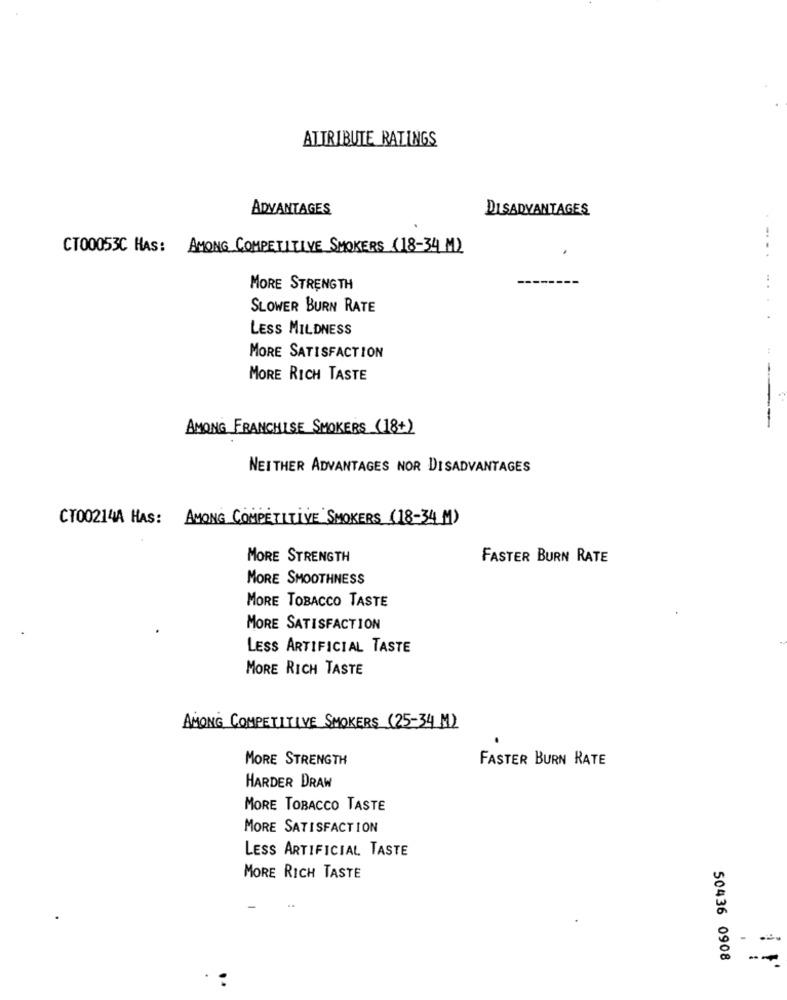
ATTRIBUTE RATINGS
ADVANTAGES
DISADVANTAGES
CT00053C HAS: AMONG COMPETITIVE SMOKERS (18-34 1)
MORE STRENGTH
SLOWER BURN RATE
LESS MILDNESS
MORE SATISFACTION
MORE RICH TASTE
AMONG FRANCHISE SMOKERS (18+)
NEITHER ADVANTAGES NOR DISADVANTAGES
CT00214A HAS: AMONG COMPETITIVE SMOKERS (18-34 M)
MORE STRENGTH
FASTER BURN RATE
MORE SMOOTHNESS
MORE TOBACCO TASTE
MORE SATISFACTION
LESS ARTIFICIAL TASTE
MORE RICH TASTE
AMONG COMPETITIVE SMOKERS (25-34 M)
MORE STRENGTH
FASTER BURN RATE
HARDER DRAW
MORE TOBACCO TASTE
MORE SATISFACTION
LESS ARTIFICIAL TASTE
MORE RICH TASTE
50436 0908
--
: